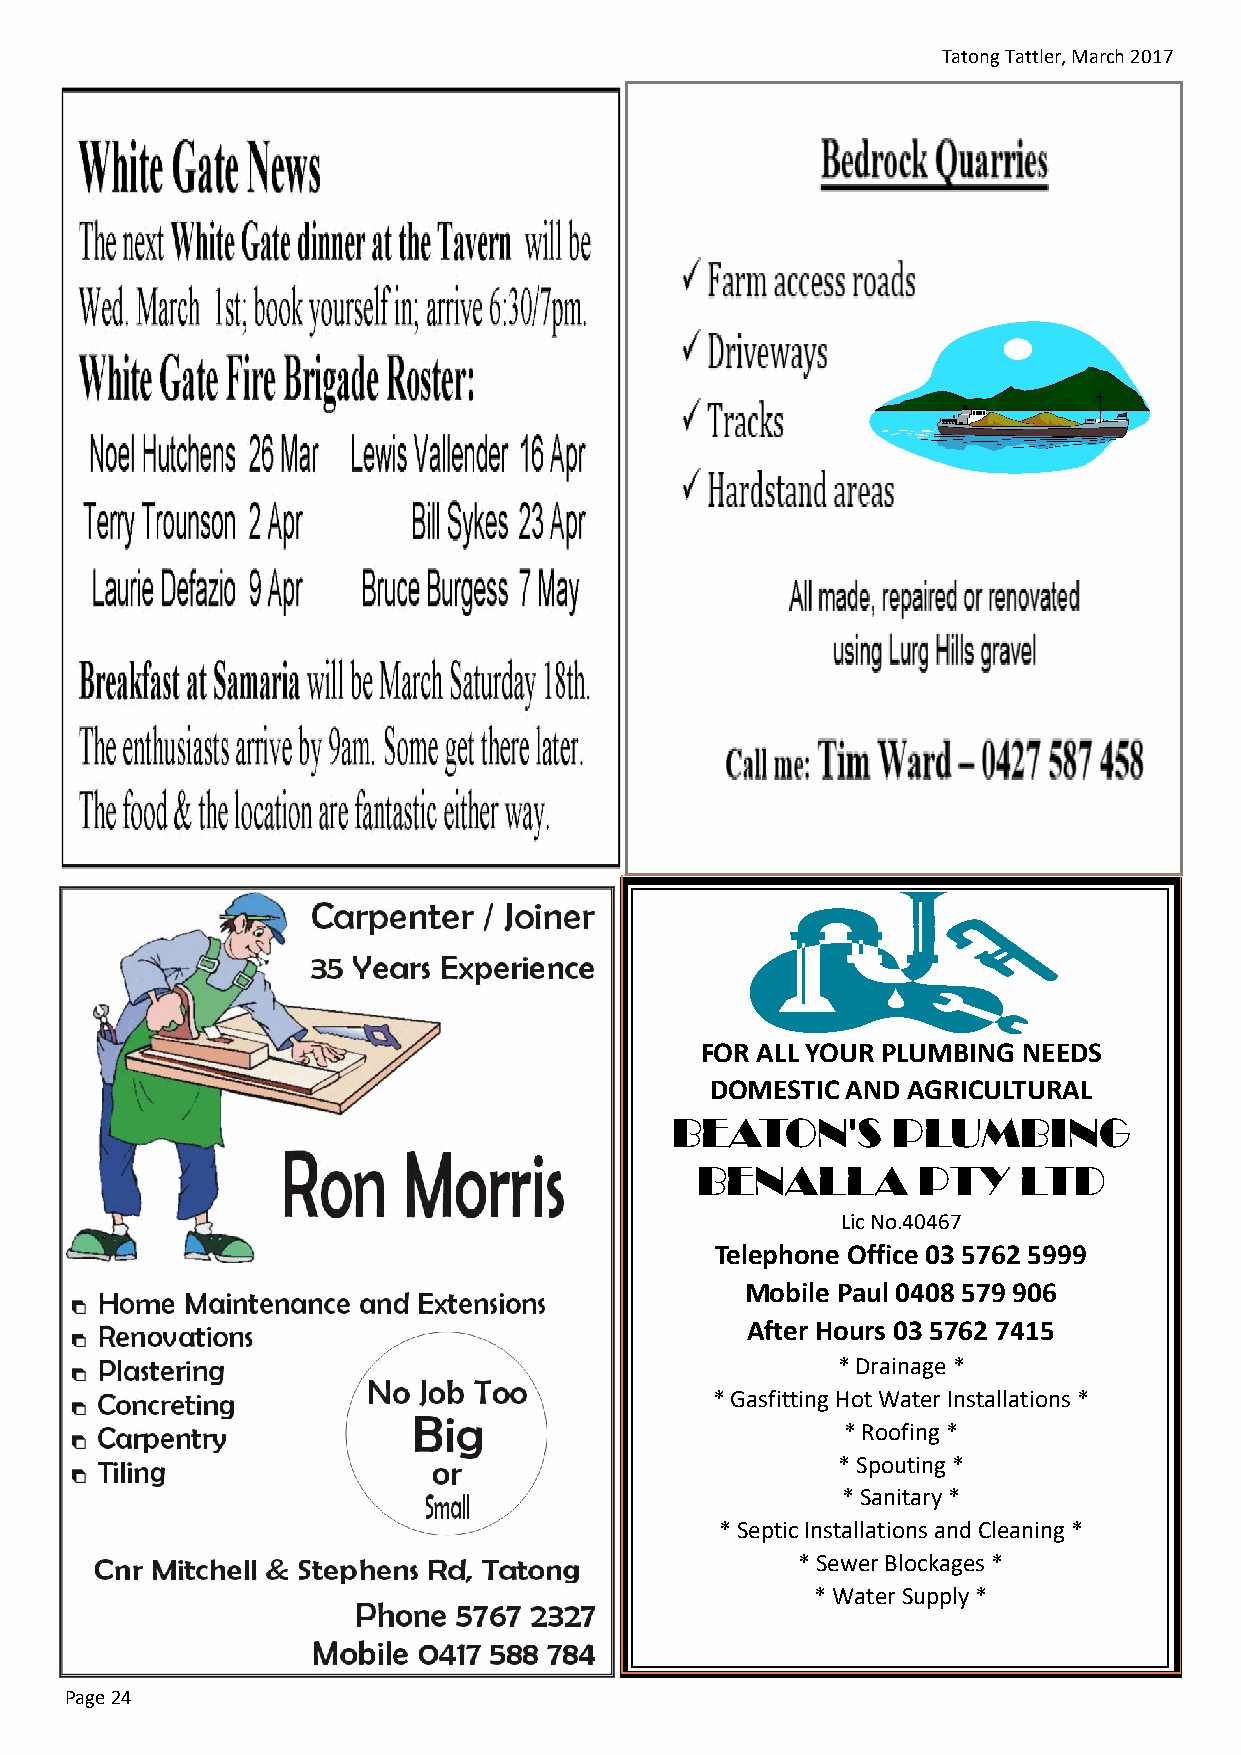
Tatong Tattler, March 2017
 FOR ALL YOUR PLUMBING NEEDS
 DOMESTIC AND AGRICULTURAL
 BEATON'S       PLUMBING
 BENALLA        PTY    LTD
 Lic No.40467
 Telephone Office 03 5762 5999
 Mobile Paul 0408 579 906
 After Hours 03 5762 7415
 * Drainage *
 * Gasfitting Hot Water Installations *
 * Roofing *
 * Spouting *
 * Sanitary *
 * Septic Installations and Cleaning *
 * Sewer Blockages *
 * Water Supply *
 Page 24